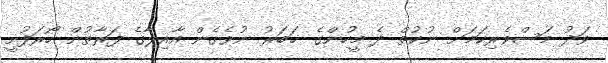
ވަދު މަސްވެރިކަމަށް ނުކުތް ދެ މީހުންގެ ޚަބަރު ނުވެގެން އާއިލާގެ ފަރާތުން ހޯރަފުށީ